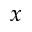
x